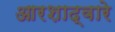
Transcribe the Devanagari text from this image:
आरशाद्वारे